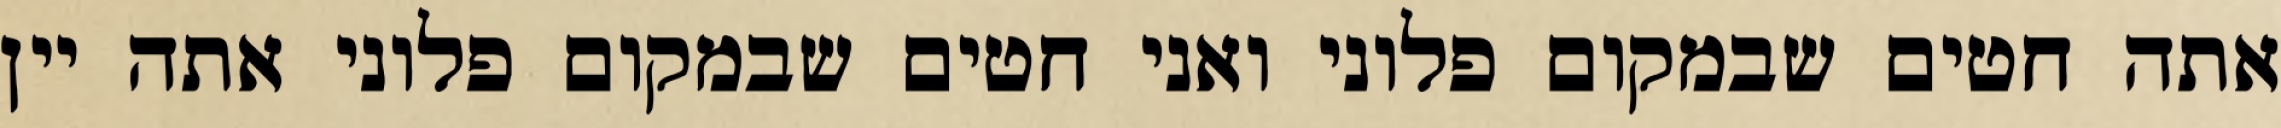
אתה חטים שבמקום פלוני ואני חטים שבמקום פלוני אתה יין